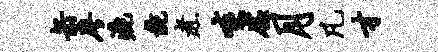
缶廖漉彘煮啖虚月凡才